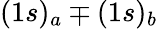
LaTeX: (1s)_{a}\mp(1s)_{b}